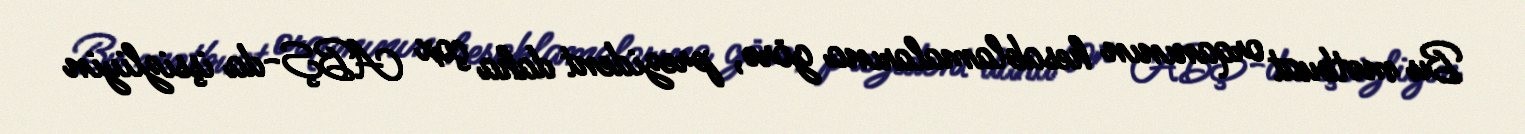
Bu mətbuat orqanının hesablamalarına görə, prezident daha çox ABŞ-da işsizliyin